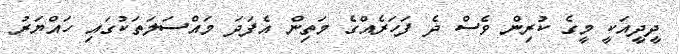
ދީދީއަކީ މީގެ ކުރިން ވެސް ދެ ފަހަރެއްގެ މަތިން އެފަދަ މައްސަލަތަކުގައި ހައްޔަރު